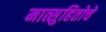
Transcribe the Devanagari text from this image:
मात्सुहितोचे